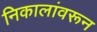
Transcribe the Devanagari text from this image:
निकालांवरून